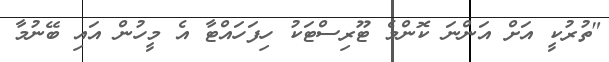
"ތުރުކީ އަށް އަންނަ ކޮންމެ ޓޫރިސްޓަކު ހިފަހައްޓާ އެ މީހުން އައި ބޭނުމާ